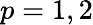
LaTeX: p=1,2